Vaccination Hyderabad 1872-1889 - 1872-1889
Year: 1872
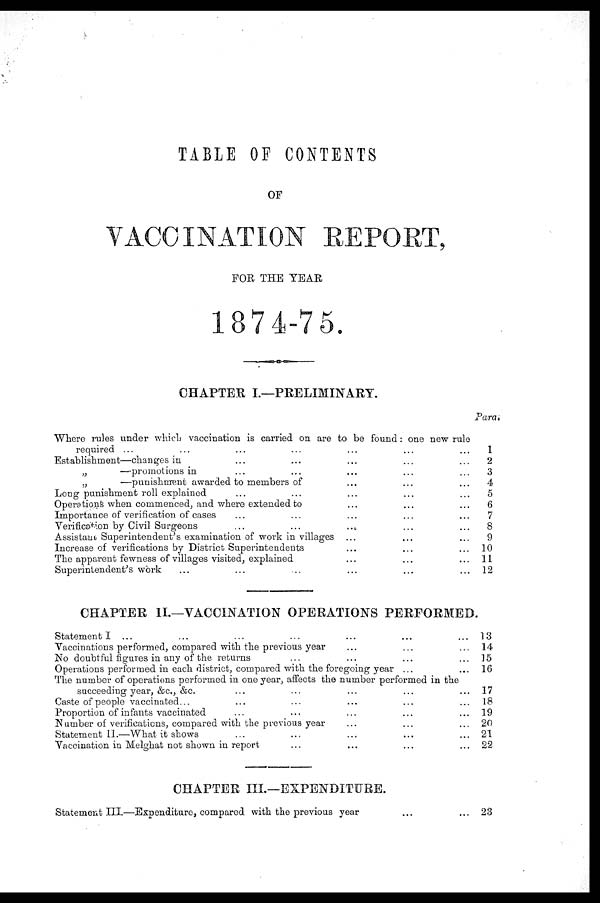
TABLE OF CONTENTS
OF
VACCINATION REPORT,
FOR THE YEAR
1874-75.
CHAPTER I.—PRELIMINARY.
Where rules under which vaccination is carried on are to be found: one new rule
required ... ... ... ... ... ... ...
Establishment—changes in ... ... ... ... ...
„
—promotions in ... ... ... ... ...
„
—punishment awarded to members of ... ... ...
Long punishment roll explained ... ... ... ... ...
Operations when commenced, and where extended to ... ... ...
Importance of verification of cases ... ... ... ... ...
Verification by Civil Surgeons
...
...
... ... ...
Assistant Superintendent's examination of work in villages ... ... ...
Increase of verifications by District Superintendents ... ... ...
The apparent fewness of villages visited, explained ... ... ...
Superintendent's work ... ... ... ... ... ...
Para.
1
2
3
4
5
6
7
8
9
10
11
12
CHAPTER II.—VACCINATION OPERATIONS PERFORMED.
Statement I ... ... ... ... ... ... ...
Vaccinations performed, compared with the previous year ... ... ...
No doubtful figures in any of the returns ... ... ... ...
Operations performed in each district, compared with the foregoing year ... ...
The number of operations performed in one year, affects the number performed in the
succeeding year, &c., &c. ... ... ... ...
Caste of people vaccinated... ... ... ... ...
Proportion of infants vaccinated ... ... ... ... ...
Number of verifications, compared with the previous year ... ... ...
Statement II.—What it shows ... ... ... ... ...
Vaccination in Melghat not shown in report ... ... ... ...
13
14
15
16
17
18
19
20
21
22
CHAPTER III.—EXPENDITURE.
Statement III.—Expenditure, compared with the previous year ... ...
23